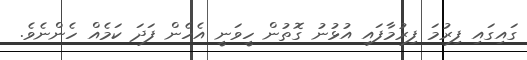
ގައިގައި ފިރުމަ ފިރުމާފައި އުޅުނު ގޮތުން ހީވަނީ އެހެން ފަދަ ކަމެއް ހެންނެވެ.